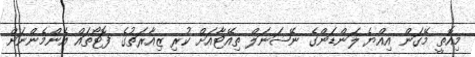
މިއޮތީ މޭގަން އިއްޔެ ލަންޑަންގެ ނޭޝަނަލް ތިއޭޓާއަށް ކުރި ޒިއާރަތުގެ ފޮޓޯތައް އެންމެންނަށް